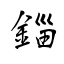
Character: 錙